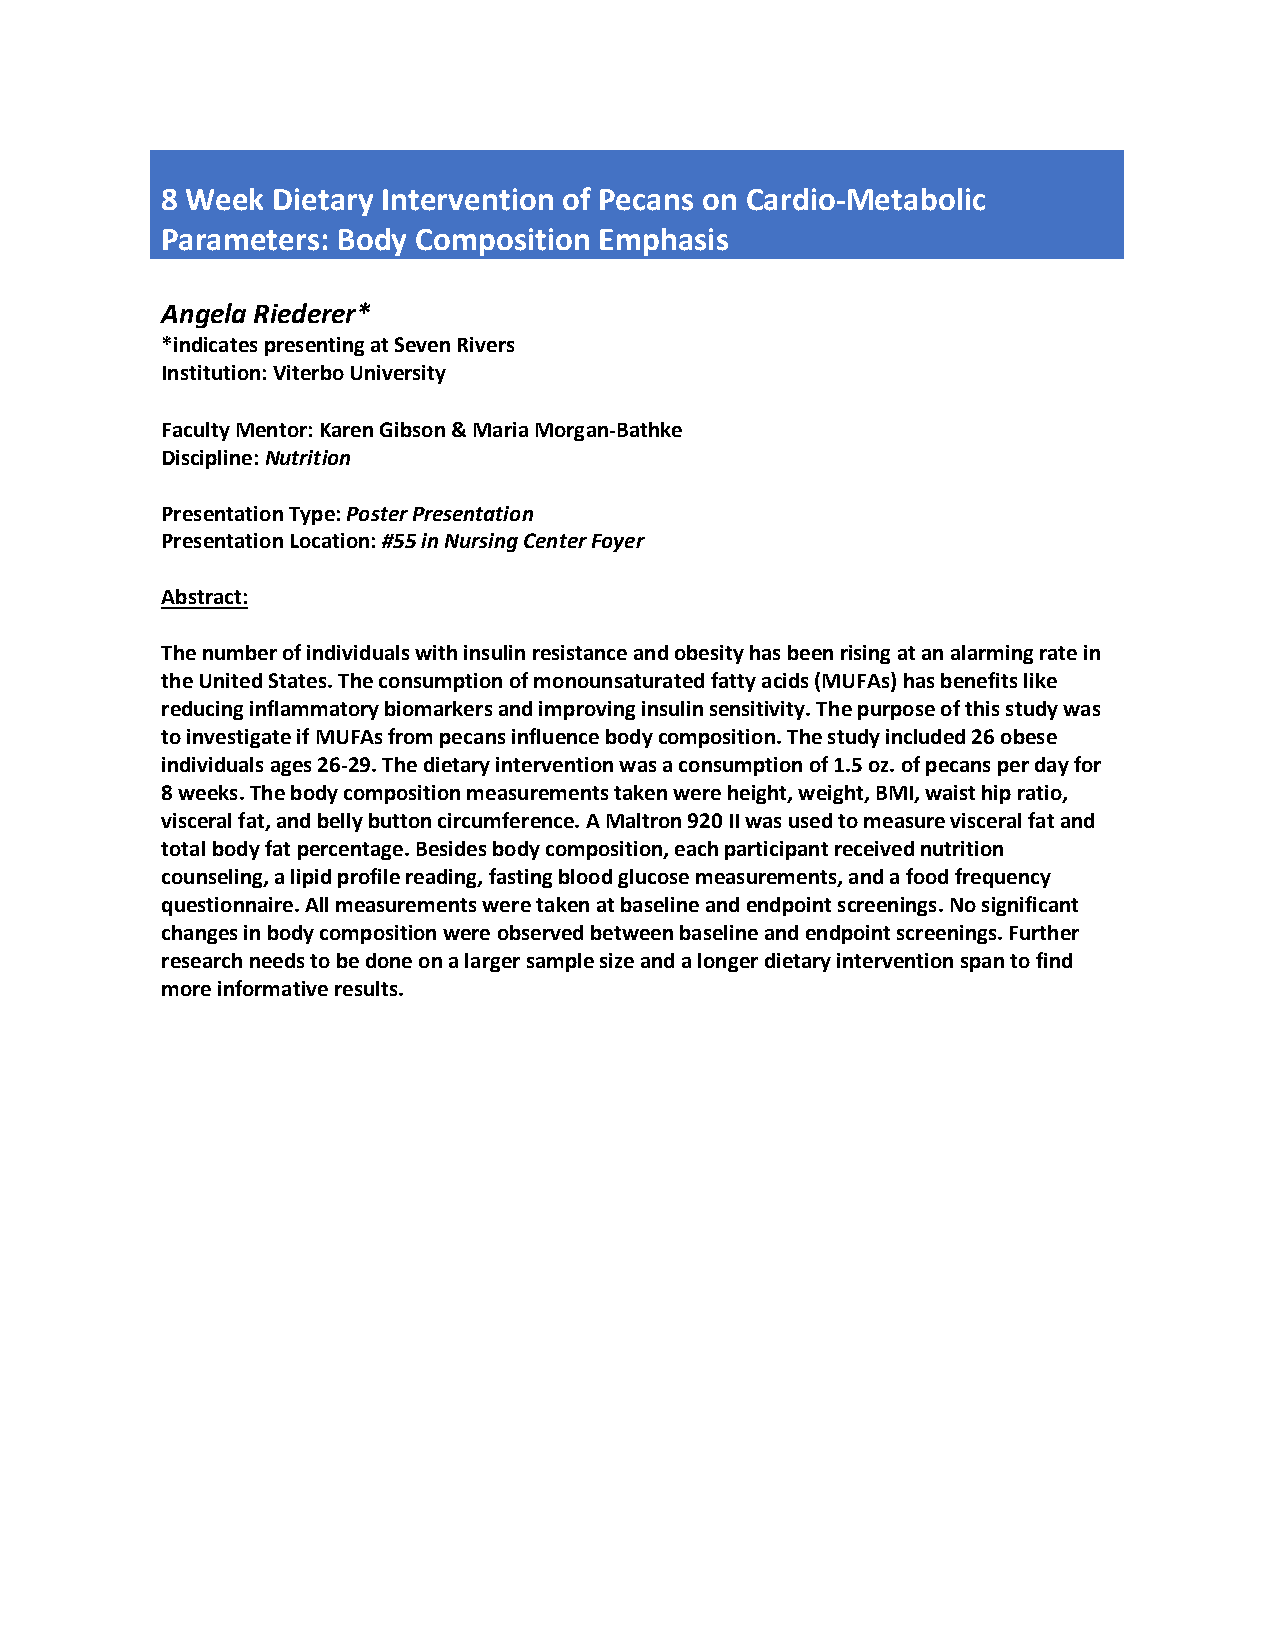
8 Week Dietary Intervention of Pecans on Cardio-Metabolic
 Parameters: Body Composition Emphasis
 Angela Riederer*
 *indicates presenting at Seven Rivers
 Institution: Viterbo University
 Faculty Mentor: Karen Gibson & Maria Morgan-Bathke
 Discipline: Nutrition
 Presentation Type: Poster Presentation
 Presentation Location: #55 in Nursing Center Foyer
 Abstract:
 The number of individuals with insulin resistance and obesity has been rising at an alarming rate in
 the United States. The consumption of monounsaturated fatty acids (MUFAs) has benefits like
 reducing inflammatory biomarkers and improving insulin sensitivity. The purpose of this study was
 to investigate if MUFAs from pecans influence body composition. The study included 26 obese
 individuals ages 26-29. The dietary intervention was a consumption of 1.5 oz. of pecans per day for
 8 weeks. The body composition measurements taken were height, weight, BMI, waist hip ratio,
 visceral fat, and belly button circumference. A Maltron 920 II was used to measure visceral fat and
 total body fat percentage. Besides body composition, each participant received nutrition
 counseling, a lipid profile reading, fasting blood glucose measurements, and a food frequency
 questionnaire. All measurements were taken at baseline and endpoint screenings. No significant
 changes in body composition were observed between baseline and endpoint screenings. Further
 research needs to be done on a larger sample size and a longer dietary intervention span to find
 more informative results.